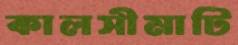
কালসীমাটি